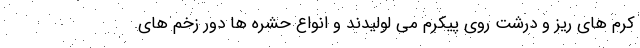
کرم های ریز و درشت روی پیکرم می لولیدند و انواع حشره ها دور زخم های